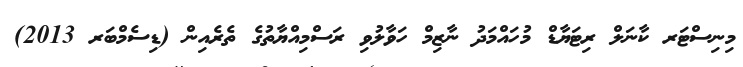
މިނިސްޓަރ ކާނަލް ރިޓަޔާޑް މުހައްމަދު ނާޒިމް ހަވާލުވި ރަސްމިއްޔާތުގެ ތެރެއިން (ޑިސެމްބަރ 2013)